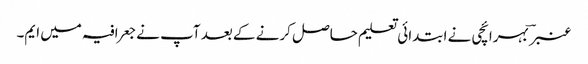
عنبر ؔ بہرائچی نے ابتدائی تعلیم حاصل کرنے کے بعد آپ نے جعرافیہ میں ایم۔